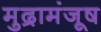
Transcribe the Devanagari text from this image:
मुद्रामंजूष